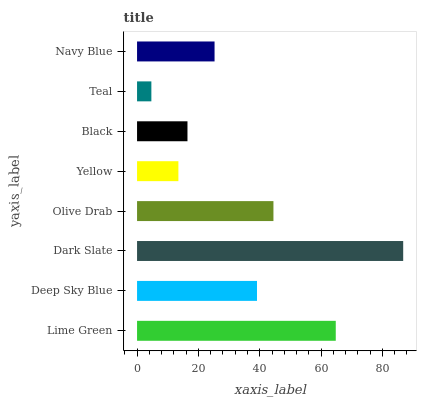
| yaxis_label | bars |
 | --- | --- |
 | Lime Green | 64.8 |
 | Deep Sky Blue | 39.1 |
 | Dark Slate | 86.8 |
 | Olive Drab | 44.5 |
 | Yellow | 13.5 |
 | Black | 16.4 |
 | Teal | 4.67 |
 | Navy Blue | 25.3 |